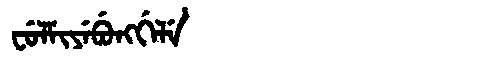
Manchu: ᠸᡠᠯᠮᡳᠶᡝᠪᡠᠩᡤᡝᠯᡝ
Romanization: FULMIYEBUNGGELE